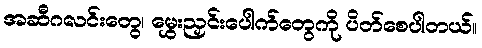
အဆီဂလင်းတွေ၊ မွှေးညှင်းပေါက်တွေကို ပိတ်စေပါတယ်။